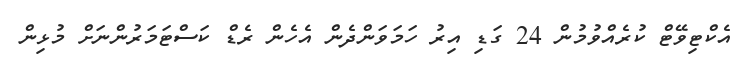
އެކްޓިވޭޓް ކުރެއްވުމުން 24 ގަޑި އިރު ހަމަވަންދެން އެހެން ރެޑް ކަސްޓަމަރުންނަށް މުޅިން